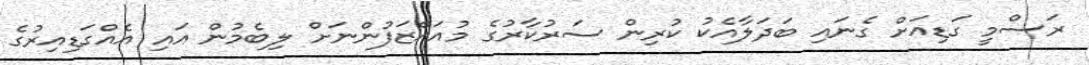
ރަސްމީ ގަޑިއަށް ގެނައި ބަދަލާއެކު ކުރިން ސަރުކާރުގެ މުއައްޒަފުންނަށް ލިބެމުން އައި އެއްގަޑިއިރުގެ